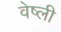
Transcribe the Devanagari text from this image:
वेष्ली